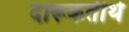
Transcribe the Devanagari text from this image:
दारूकतीर्थ